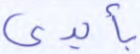
بأيدي